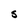
Character: S